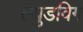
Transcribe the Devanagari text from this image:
ल्युडविग